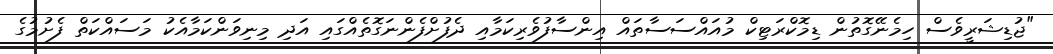
"ޖުޑިޝަރީވެސް ހިމެނޭގޮތުން ޑިމޮކްރަޓިކް މުއައްސަސާތައް އިންސާފުވެރިކަމާއި ދެފުށްފެންނަގޮތެއްގައި އަދި މިނިވަންކަމާއެކު މަސައްކަތް ފެށުމުގެ